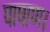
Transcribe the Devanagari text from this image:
पाषाण।